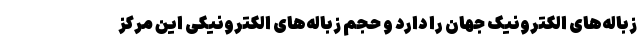
زباله‌های الکترونیک جهان را دارد و حجم زباله‌های الکترونیکی این مرکز